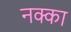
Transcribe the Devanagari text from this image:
नक्का